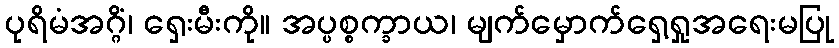
ပုရိမံအဂ္ဂိံ၊ ရှေးမီးကို။ အပ္ပစ္စက္ခာယ၊ မျက်မှောက်ရှေ့ရှုအရေးမပြု